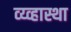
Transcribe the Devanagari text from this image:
व्य्व्हास्था